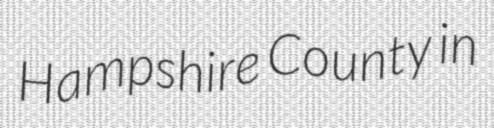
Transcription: Hampshire County in